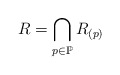
\begin{align*}R=\bigcap_{p\in\mathbb{P}}R_{(p)}\end{align*}